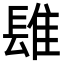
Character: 𨲈